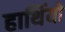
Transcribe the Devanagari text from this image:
हाथिंयो